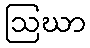
ဩဃာ